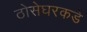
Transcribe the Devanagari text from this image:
ठोसेघरकडे